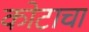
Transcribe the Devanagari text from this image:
कोटाचा